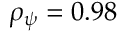
\rho _ { \psi } = 0 . 9 8